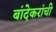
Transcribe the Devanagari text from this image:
बांदेकरांची